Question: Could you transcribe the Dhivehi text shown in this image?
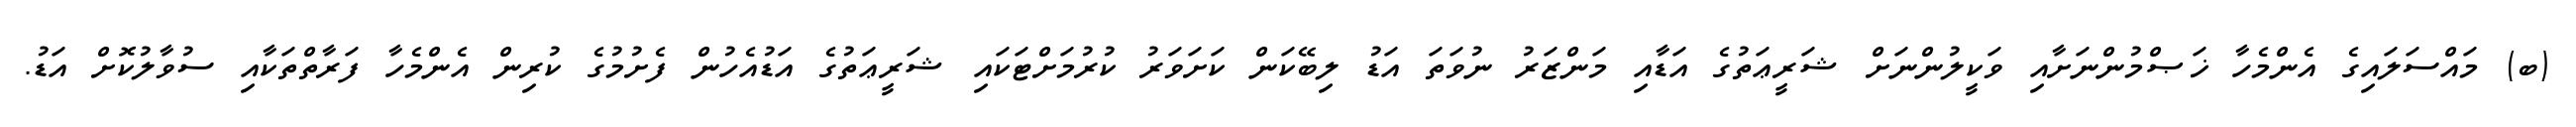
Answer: (ބ) މައްސަލައިގެ އެންމެހާ ޚަޞްމުންނަށާއި ވަކީލުންނަށް ޝަރީޢަތުގެ އަޑާއި މަންޒަރު ނުވަތަ އަޑު ލިބޭކަން ކަށަވަރު ކުރުމަށްޓަކައި ޝަރީޢަތުގެ އަޑުއެހުން ފެށުމުގެ ކުރިން އެންމެހާ ފަރާތްތަކާއި ސުވާލުކޮށް އަޑު.